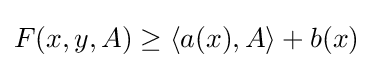
F(x,y,A)\geq \langle a(x),A\rangle +b(x)